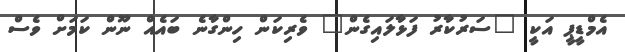
އެމްޑީޕީ އަކީ "ސަރުކާރު ފަޅާލައިގެން" ވެރިކަން ހިންގާނެ ބައެއް ނޫން ކަމަށް ވެސް